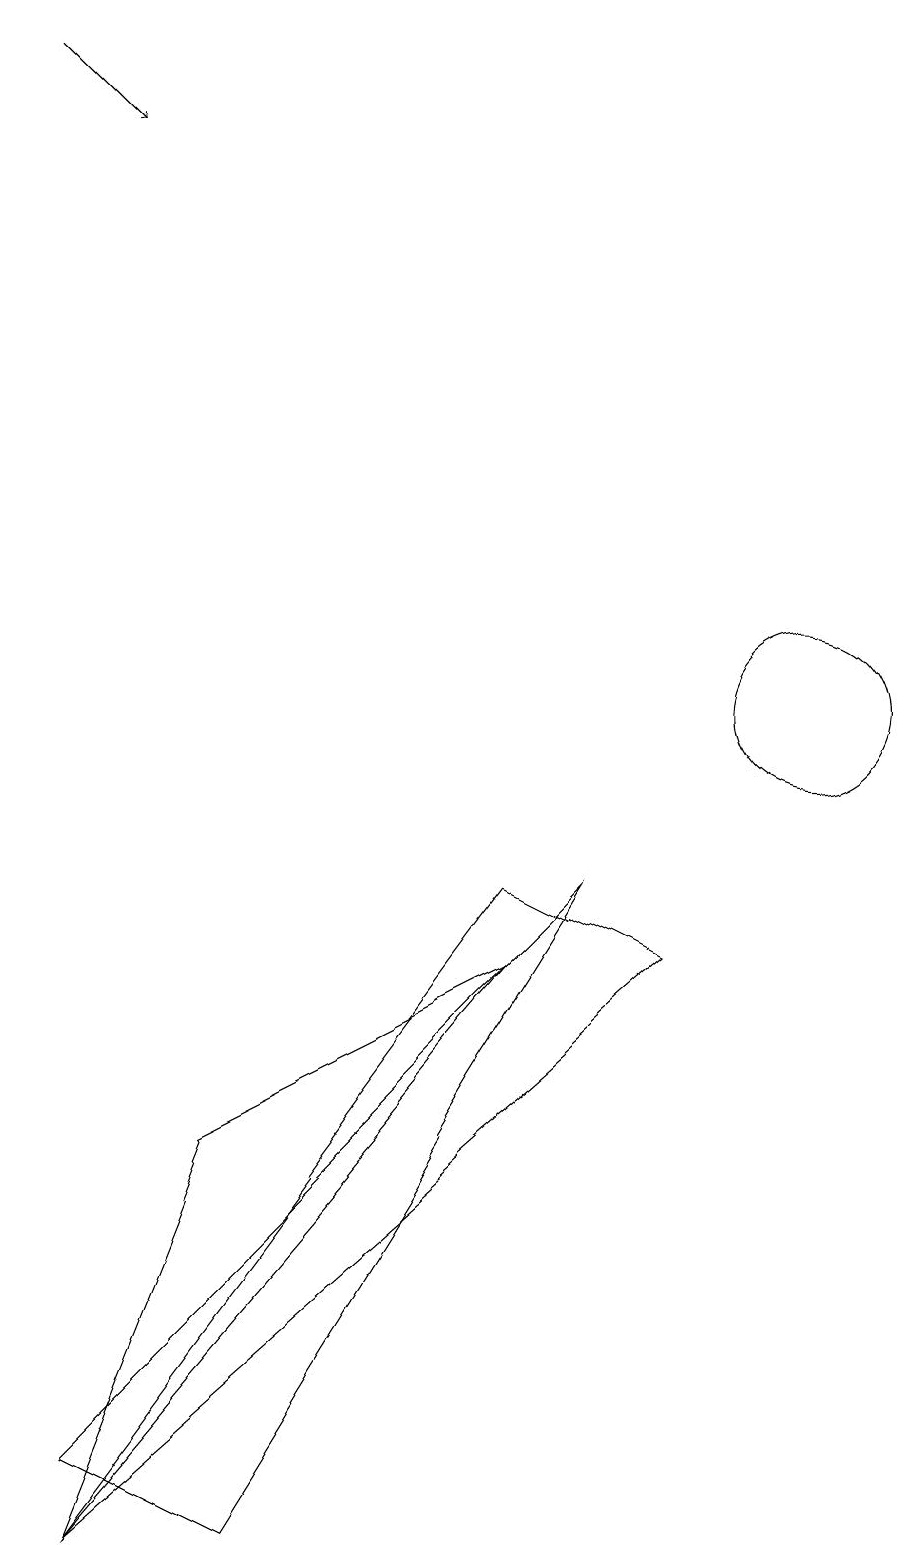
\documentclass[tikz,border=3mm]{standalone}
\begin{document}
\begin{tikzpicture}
\draw (10,10) circle (1);
\draw (0,0) -- (6,7) -- (2,5) -- cycle;
\draw (8,7) -- (0,0) -- (6,8) -- cycle;
\draw (0,1) -- (2,0) -- (7,8) -- cycle;
\draw[->] (1,19) -- (2,18);
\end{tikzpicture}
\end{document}